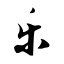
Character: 乐